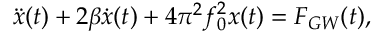
\ddot { x } ( t ) + 2 \beta \dot { x } ( t ) + 4 \pi ^ { 2 } f _ { 0 } ^ { 2 } x ( t ) = F _ { G W } ( t ) ,